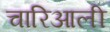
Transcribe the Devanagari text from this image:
चारिआली